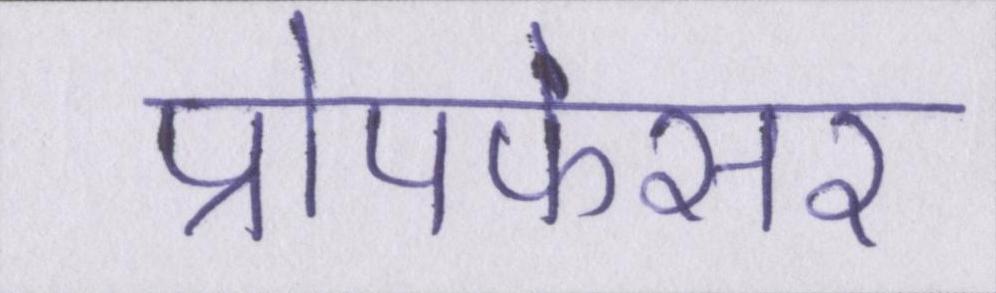
प्रोपफेसर